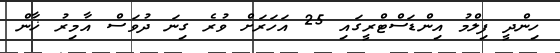
ހިންދީ ފިލްމު އިންޑަސްޓްރީގައި 25 އަހަރަށް ވުރެ ގިނަ ދުވަސް އާމިރު ޚާން